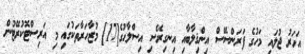
އަހަރު ޖުލައި މަހުގެ ފަރަންސޭސް އިންޤިލާބާއި އިނގިރޭސި އިސްލާޙުގެ[17] މުޒާހަރާތަކުގައި މި އަރިސްޓޮކުރޭޓުން